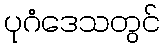
ပုဂံဒေသတွင်